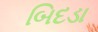
બિદડા